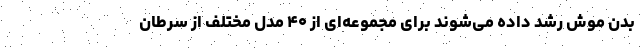
بدن موش رشد داده می‌شوند برای مجموعه‌ای از ۴۰ مدل مختلف از سرطان